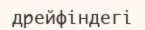
дрейфіндегі